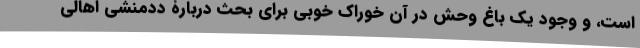
است، و وجود یک باغ وحش در آن خوراک خوبی برای بحث‌ دربارۀ ددمنشی اهالی